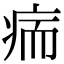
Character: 㾍